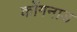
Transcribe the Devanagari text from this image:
कोंगनाड